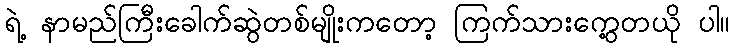
ရဲ့ နာမည်ကြီးခေါက်ဆွဲတစ်မျိုးကတော့ ကြက်သားကွေ့တယို ပါ။